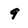
Character: 9